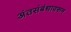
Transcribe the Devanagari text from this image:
अंतसंबंधावरून